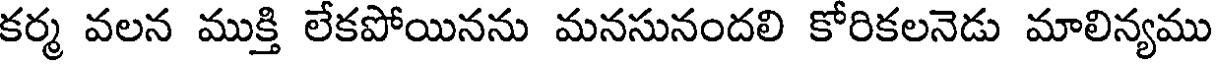
కర్మ వలన ముక్తి లేకపోయినను మనసునందలి కోరికలనెడు మాలిన్యము